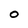
Character: 0